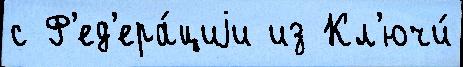
с Ф'ед'ера́циjи из Кл'ючи́